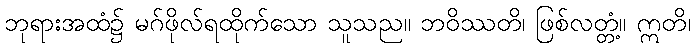
ဘုရားအထံ၌ မဂ်ဖိုလ်ရထိုက်သော သူသည။ ဘဝိဿတိ၊ ဖြစ်လတ္တံ့။ ဣတိ၊